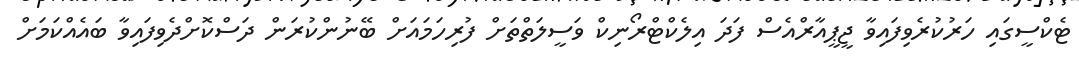
ޓެކްސީގައި ހަރުކުރެވިފައިވާ ޖީޕީއާރްއެސް ފަދަ އިލެކްޓްރޯނިކް ވަސީލަތްތަށް ފުރިހަމައަށް ބޭނުންކުރަން ދަސްކޮށްދެވިފައިވާ ބައެއްކަމަށް